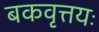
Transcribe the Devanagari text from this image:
बकवृत्तयः